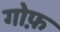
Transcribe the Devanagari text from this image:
गोफ़